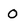
Character: 0